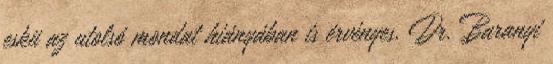
eskü az utolsó mondat hiányában is érvényes. Dr. Baranyi